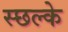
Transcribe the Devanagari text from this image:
स्छल्के